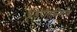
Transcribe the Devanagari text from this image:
अंडपीतनिर्माण